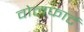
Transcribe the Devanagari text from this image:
वोलफार्ट